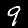
Digit: 9